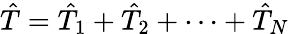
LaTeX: \hat{T}=\hat{T}_{1}+\hat{T}_{2}+\dots+\hat{T}_{N}